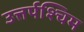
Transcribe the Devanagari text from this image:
उत्तर्पश्चिम